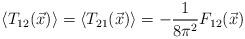
LaTeX: \begin{align*}\left\langle T_{12}(\vec{x})\right\rangle =\left\langle T_{21}(\vec{x})\right\rangle =-\frac{1}{8\pi ^{2}}F_{12}(\vec{x})\end{align*}